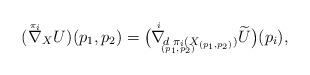
LaTeX: \begin{align*} (\nabla{\hskip-0.3cm^{^{^{\pi_i}}}}_{X}U)(p_1,p_2)=\big(\nabla{\hskip-0.2cm^{^{^{i}}}} _{d{\hskip -0.2cm_{_{_{(p_1,p_2)}}}}\hskip -0.6cm\pi_i(X_{(p_1,p_2)})}{\widetilde{U}}\big)(p_i),\end{align*}